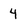
Character: 4